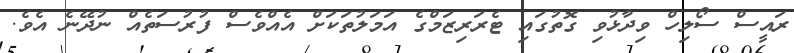
ރައީސް ސޯލިހް ވިދާޅުވި ގޮތުގައި ޓެރަރިޒަމްގެ އަމަލުތަކަށް އެއްވެސް ފުރުސަތެއް ނުދޭނެ އެވެ.